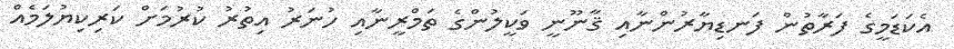
އެކަޑަމީގެ ފަރާތުން ފަނޑިޔާރުންނާއި ޤާނޫނީ ވަކީލުންގެ ތަމްރީނާއި ހުނަރު އިތުރު ކުރުމަށް ކަރިކިޔުލަމެއް